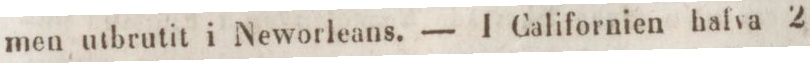
men utbrutit i Neworleans. — I Californien hafva 2